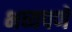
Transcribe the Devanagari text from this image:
भव्यपणे